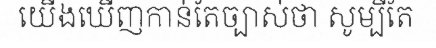
យើងឃើញកាន់តែច្បាស់ថា សូម្បីតែ